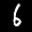
Digit: 6